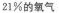
21%的氧气